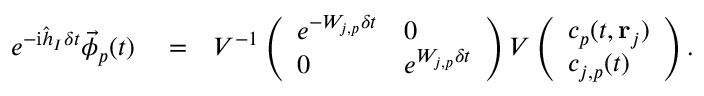
\begin{array} { r l r } { e ^ { - \mathrm { i } \hat { h } _ { I } \delta t } \vec { \phi } _ { p } ( t ) } & { { } = } & { V ^ { - 1 } \left( \begin{array} { l l } { e ^ { - W _ { j , p } \delta t } } & { 0 } \\ { 0 } & { e ^ { W _ { j , p } \delta t } } \end{array} \right) V \left( \begin{array} { l } { c _ { p } ( t , { \bf r } _ { j } ) } \\ { c _ { j , p } ( t ) } \end{array} \right) . } \end{array}